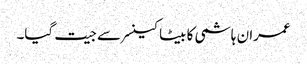
عمران ہاشمی کا بیٹا کینسر سے جیت گیا۔